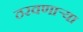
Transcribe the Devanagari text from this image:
ठरवणाऱ्या